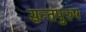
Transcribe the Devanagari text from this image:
सन्तपुरुष